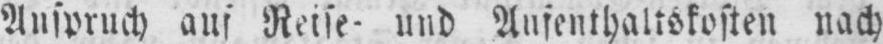
Anspruch auf Reise- und Aufenthaltskosten nach